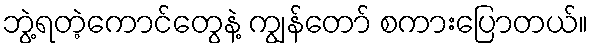
ဘွဲ့ရတဲ့ကောင်တွေနဲ့ ကျွန်တော် စကားပြောတယ်။